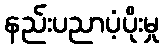
နည်းပညာပံ့ပိုးမှု